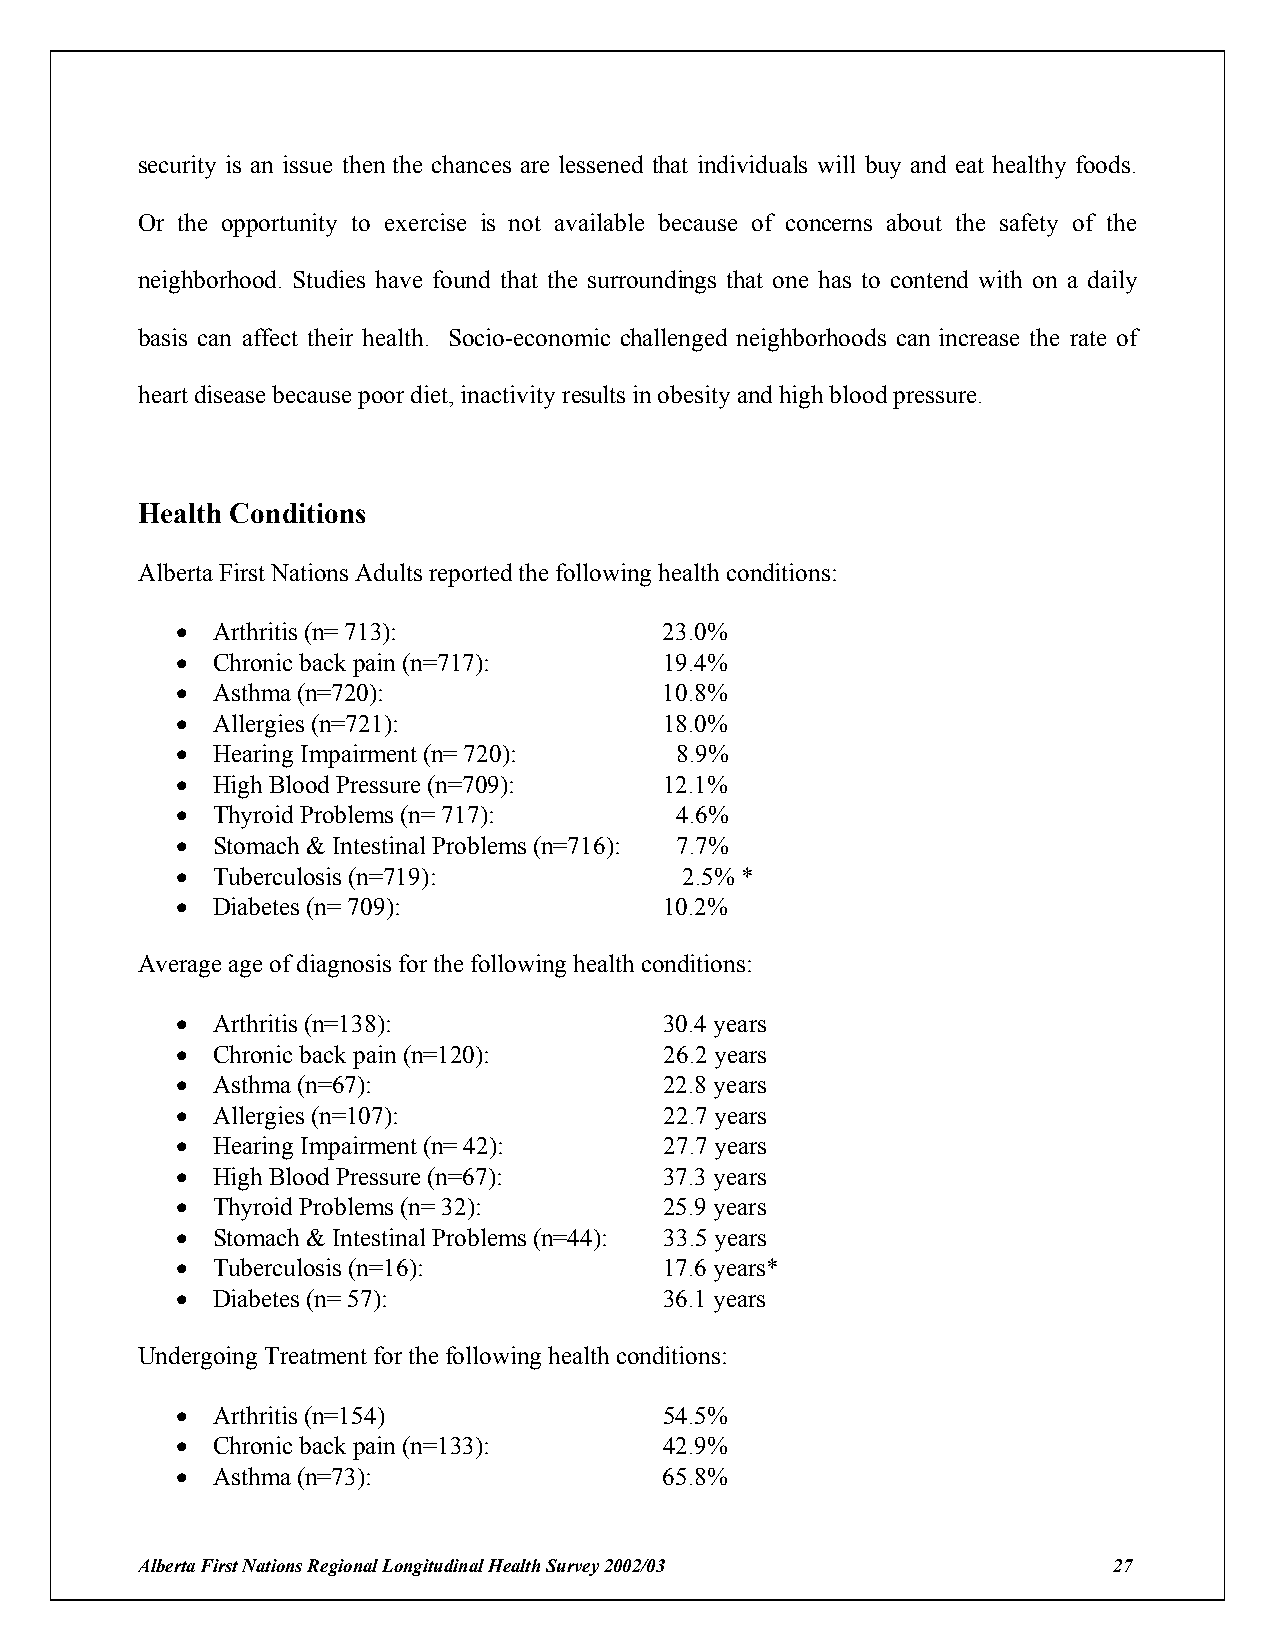
security is an issue then the chances are lessened that individuals will buy and eat healthy foods.
 Or the opportunity to exercise is not available because of concerns about the safety of the
 neighborhood. Studies have found that the surroundings that one has to contend with on a daily
 basis can affect their health. Socio-economic challenged neighborhoods can increase the rate of
 heart disease because poor diet, inactivity results in obesity and high blood pressure.
 Health Conditions
 Alberta First Nations Adults reported the following health conditions:
 ! Arthritis (n= 713):           23.0%
 ! Chronic back pain (n=717):    19.4%
 ! Asthma (n=720):               10.8%
 ! Allergies (n=721):            18.0%
 ! Hearing Impairment (n= 720):   8.9%
 ! High Blood Pressure (n=709):  12.1%
 ! Thyroid Problems (n= 717):     4.6%
 ! Stomach & Intestinal Problems (n=716): 7.7%
 ! Tuberculosis (n=719):          2.5% *
 ! Diabetes (n= 709):            10.2%
 Average age of diagnosis for the following health conditions:
 ! Arthritis (n=138):            30.4 years
 ! Chronic back pain (n=120):    26.2 years
 ! Asthma (n=67):                22.8 years
 ! Allergies (n=107):            22.7 years
 ! Hearing Impairment (n= 42):   27.7 years
 ! High Blood Pressure (n=67):   37.3 years
 ! Thyroid Problems (n= 32):     25.9 years
 ! Stomach & Intestinal Problems (n=44): 33.5 years
 ! Tuberculosis (n=16):          17.6 years*
 ! Diabetes (n= 57):             36.1 years
 Undergoing Treatment for the following health conditions:
 ! Arthritis (n=154)             54.5%
 ! Chronic back pain (n=133):    42.9%
 ! Asthma (n=73):                65.8%
 Alberta First Nations Regional Longitudinal Health Survey 2002/03 27